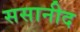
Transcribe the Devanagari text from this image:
ससानीद